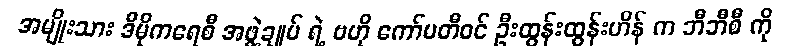
အမျိုးသား ဒီမိုကရေစီ အဖွဲ့ချုပ် ရဲ့ ဗဟို ကော်မတီဝင် ဦးထွန်းထွန်းဟိန် က ဘီဘီစီ ကို